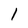
Character: 1